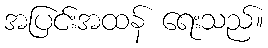
အပြင်းအထန် ရေးသည်။